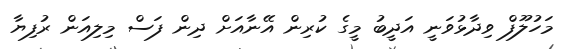
މަހުލޫފް ވިދާޅުވަނީ އަދީބު މީގެ ކުރިން އޭނާއަށް ދިން ފަސް މިލިއަން ރުފިޔާ